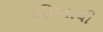
ઓખાથી